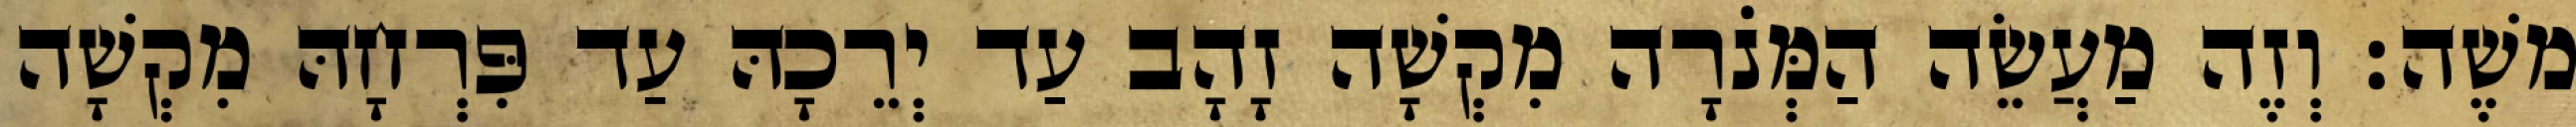
משֶׁה׃ וְזֶה מַעֲשֵׂה הַמְּנֹרָה מִקְשָׁה זָהָב עַד יְרֵכָהּ עַד פִּרְחָהּ מִקְשָׁה